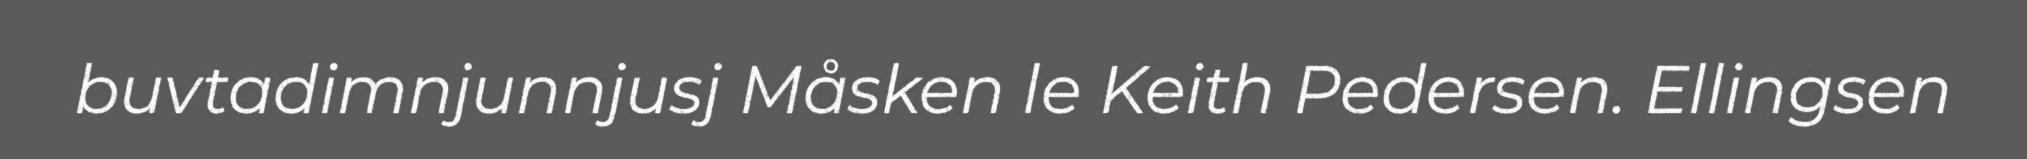
buvtadimnjunnjusj Måsken le Keith Pedersen. Ellingsen